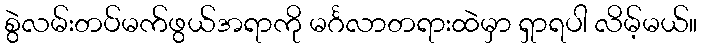
စွဲလမ်းတပ်မက်ဖွယ်အရာကို မင်္ဂလာတရားထဲမှာ ရှာရပါ လိမ့်မယ်။